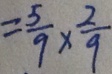
= \frac { 5 } { 9 } \times \frac { 2 } { 9 }